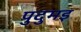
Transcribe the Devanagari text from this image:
पुदुमइ